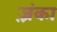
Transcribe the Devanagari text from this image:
ज़्रंका